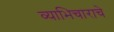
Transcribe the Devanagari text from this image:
व्याभिचाराचे